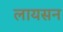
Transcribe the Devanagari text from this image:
लायसन